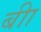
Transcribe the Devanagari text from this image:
बीा